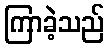
ကြာခဲ့သည်